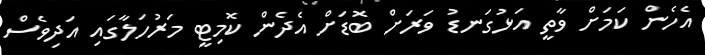
އެހެން ކަމަށް ވާތީ އަޅުގަނޑު ވަރަށް ބޮޑަށް އެދެން ކޮމިޓީ މަރުހަލާގައި އަދިވެސް